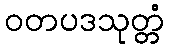
ဝတပဒသုတ္တံ